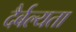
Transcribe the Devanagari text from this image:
दैर्बल्यता